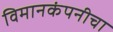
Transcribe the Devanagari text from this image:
विमानकंपनीचा